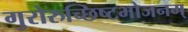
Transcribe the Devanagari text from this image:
गुरोरुच्छिष्टभोजनम्